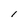
Character: l